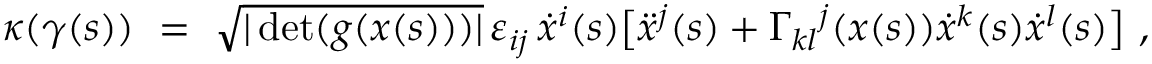
\kappa ( \gamma ( s ) ) \ = \ \sqrt { | \operatorname* { d e t } ( g ( x ( s ) ) ) | } \, \varepsilon _ { i j } \, \dot { x } ^ { i } ( s ) \big [ \ddot { x } ^ { j } ( s ) + \Gamma _ { k l } { } ^ { j } ( x ( s ) ) \dot { x } ^ { k } ( s ) \dot { x } ^ { l } ( s ) \big ] ~ ,